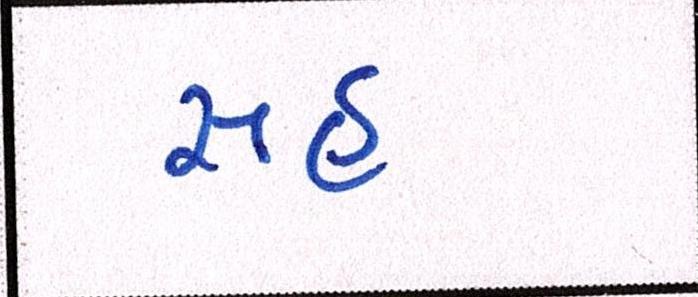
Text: સહુ